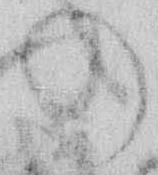
の